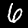
Label: 6